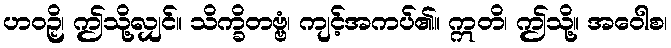
ဟဝဉှိ၊ ဤသို့လျှင်။ သိက္ခိတဗ္ဗံ၊ ကျင့်အကပ်၏။ ဣတိ၊ ဤသို့။ အဝေါစ၊